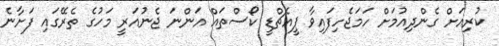
ކުރިއަށް ގެންދިއުމަށް ހަމަޖެހިފައިވާ ޕީއެޗްޑީ ކޯސްތައް އަންނަ ޖެނުއަރީ މަހުގެ ތެރޭގައި ފަށާނެ